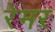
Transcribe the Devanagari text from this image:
रेमर